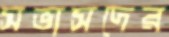
সভাসদের